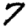
Digit: 7